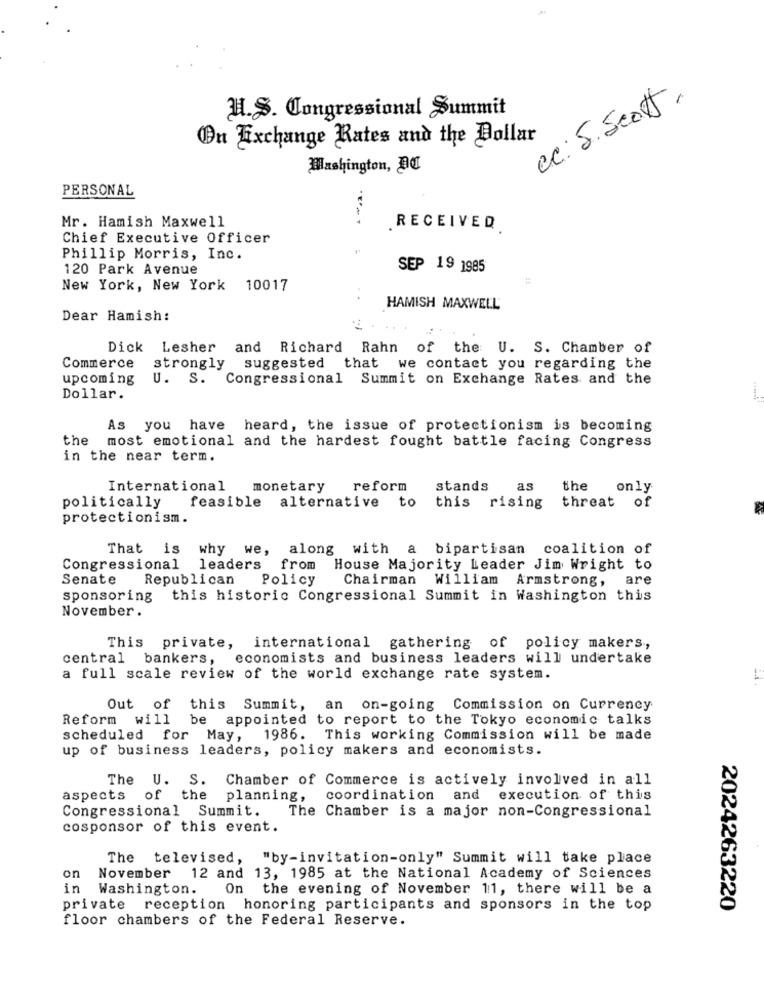
Cc:S. Scott.
H.S. Congressional Summit
On Fixchange Rates and the Bollar
Washington, Da
PERSONAL
Mr. Hamish Maxwell
RECEIVED
Chief Executive Officer
Phillip Morris, Inc.
120 Park Avenue
SEP 19 1985
New York, New York
10017
HAMISH MAXWELL
Dear Hamish:
Dick Lesher and Richard Rahn of the U. S. Chamber of
Commerce
strongly
suggested that
we contact you regarding the
upcoming
U. S. Congressional Summit on Exchange Rates and the
Dollar.
As you have heard, the issue of protectionism is becoming
the most emotional and the hardest fought battle facing Congress
in the near term.
International
monetary
reform
stands
as
the
only
feasible alternative to
threat of
politically
this rising
protectionism.
That is why we,
along with a bipartisan coalition of
Congressional leaders
from
House Majority Leader Jim Wright to
Senate
Republican
Policy
Chairman
William Armstrong,
are
sponsoring
this historic Congressional Summit in Washington this
November .
This private, international gathering of policy makers,
central bankers, economists and business leaders will undertake
a full scale review of the world exchange rate system.
Out of this Summit, an on-going Commission on Currency
Reform will be appointed to report to the Tokyo economic talks
scheduled for May,
1986. This working Commission will be made
up of business leaders, policy makers and economists.
The U. S. Chamber of Commerce is actively involved in all
aspects of the planning,
coordination and execution of this
Congressional Summit. The Chamber is a major non-Congressional
cosponsor of this event.
The televised, "by-invitation-only" Summit will take place
on
November 12 and 13, 1985 at the National Academy of Sciences
in Washington.
On the evening of November 11, there will be a
private reception honoring participants and sponsors in the top
2024263220
floor chambers of the Federal Reserve.